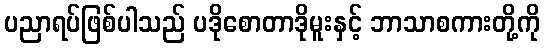
ပညာရပ်ဖြစ်ပါသည် ပဒိုစောတာဒိုမူးနှင့် ဘာသာစကားတို့ကို